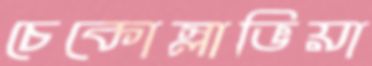
চেকোস্লাভিয়া